Annual administration and progress report of the Indian Medical Department, Bombay
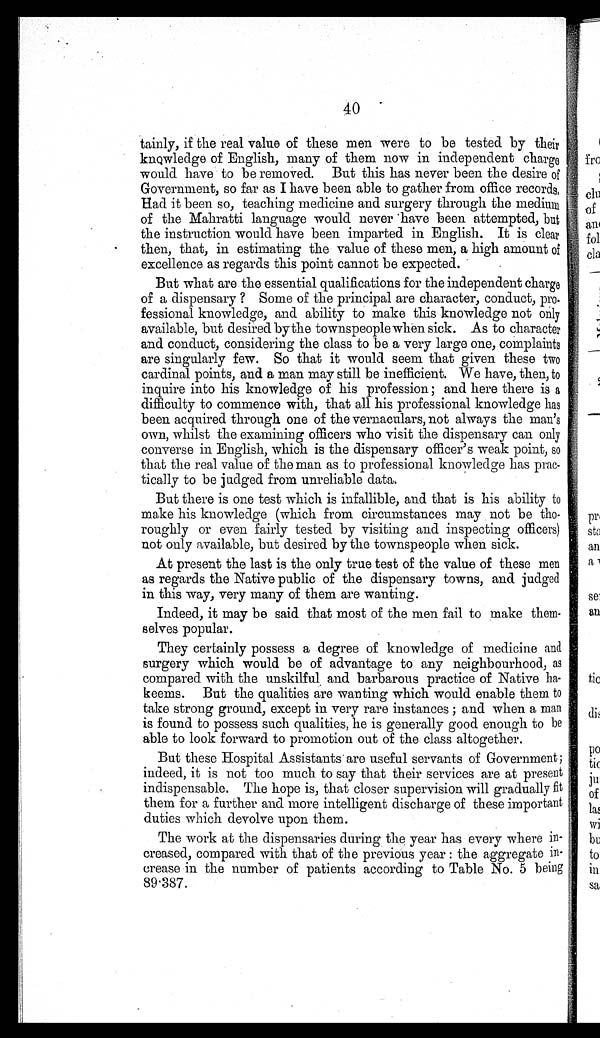
40
tainly, if the real value of these men were to be tested by their
knowledge of English, many of them now in independent charge
would have to be removed. But this has never been the desire of
Government, so far as I have been able to gather from office records.
Had it been so, teaching medicine and surgery through the medium
of the Mahratti language would never have been attempted, but
the instruction would have been imparted in English. It is clear
then, that, in estimating the value of these men, a high amount of
excellence as regards this point cannot be expected.
But what are the essential qualifications for the independent charge
of a dispensary ? Some of the principal are character, conduct, pro-
fessional knowledge, and ability to make this knowledge not only
available, but desired by the townspeople when sick. As to character
and conduct, considering the class to be a very large one, complaints
are singularly few. So that it would seem that given these two
cardinal points, and a man may still be inefficient. We have, then, to
inquire into his knowledge of his profession; and here there is a
difficulty to commence with, that all his professional knowledge has
been acquired through one of the vernaculars, not always the man's
own, whilst the examining officers who visit the dispensary can only
converse in English, which is the dispensary officer's weak point, so
that the real value of the man as to professional knowledge has prac-
tically to be judged from unreliable data.
But there is one test which is infallible, and that is his ability to
make his knowledge (which from circumstances may not be tho-
roughly or even fairly tested by visiting and inspecting officers)
not only available, but desired by the townspeople when sick.
At present the last is the only true test of the value of these men
as regards the Native public of the dispensary towns, and judged
in this way, very many of them are wanting.
Indeed, it may be said that most of the men fail to make them-
selves popular.
They certainly possess a degree of knowledge of medicine and
surgery which would be of advantage to any neighbourhood, as
compared with the unskilful and barbarous practice of Native ha-
keems. But the qualities are wanting which would enable them to
take strong ground, except in very rare instances ; and when a man
is found to possess such qualities, he is generally good enough to be
able to look forward to promotion out of the class altogether.
But these Hospital Assistants are useful servants of Government;
indeed, it is not too much to say that their services are at present
indispensable. The hope is, that closer supervision will gradually fit
them for a further and more intelligent discharge of these important
duties which devolve upon them.
The work at the dispensaries during the year has every where in-
creased, compared with that of the previous year : the aggregate in-
crease in the number of patients according to Table No. 5 being
89.387.